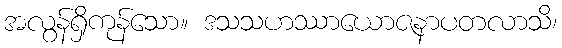
အလွန်ရှိကုန်သော။ ဒသသဟဿာယောဇနာပတလာသိ၊